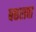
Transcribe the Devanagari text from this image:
बछरावा